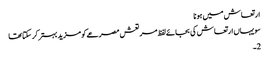
ارتعاش میں ہونا
سو یہاں ارتعاش کی بجائے لفظ مر تعش مصرعے کو مزید بہتر کر سکتا تھا
2۔